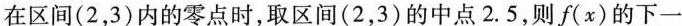
在区间(2，3)内的零点时，取区间(2，3)的中点2.5，则f(x)的下一